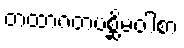
တထာဂတပစ္ဆိမဝါစာ